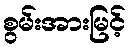
စွမ်းအားမြင့်